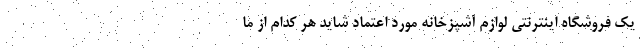
یک فروشگاه اینترنتی لوازم آشپزخانه مورد اعتماد شاید هر کدام از ما